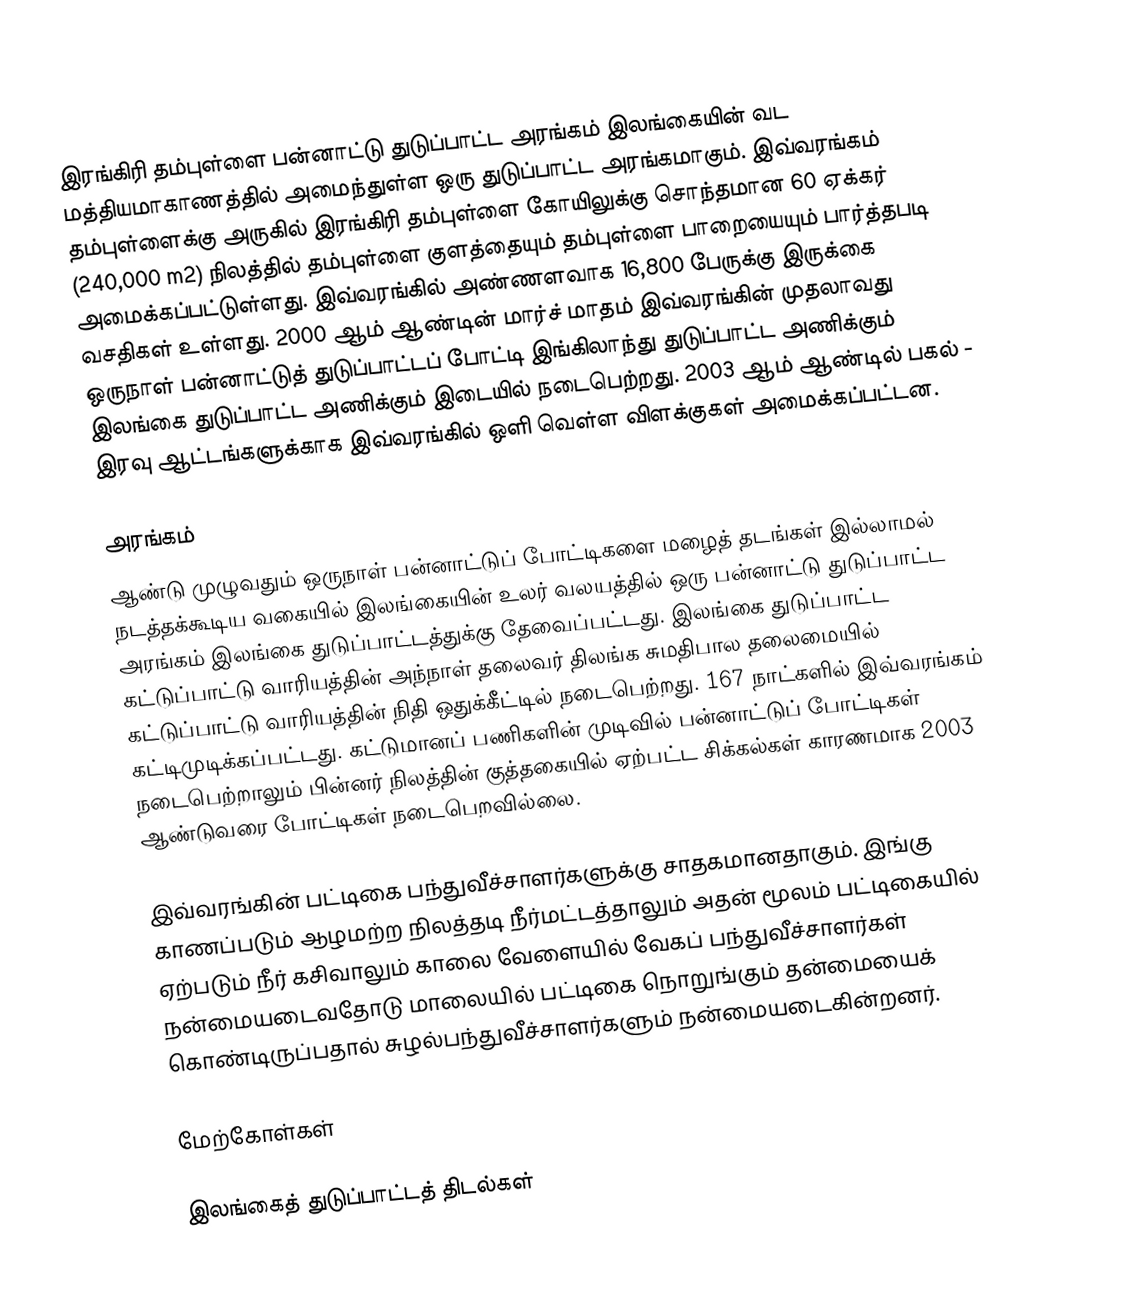
இரங்கிரி தம்புள்ளை பன்னாட்டு துடுப்பாட்ட அரங்கம் இலங்கையின் வட மத்தியமாகாணத்தில் அமைந்துள்ள ஒரு துடுப்பாட்ட அரங்கமாகும். இவ்வரங்கம் தம்புள்ளைக்கு அருகில் இரங்கிரி தம்புள்ளை கோயிலுக்கு சொந்தமான 60 ஏக்கர் (240,000 m2) நிலத்தில் தம்புள்ளை குளத்தையும் தம்புள்ளை பாறையையும் பார்த்தபடி அமைக்கப்பட்டுள்ளது. இவ்வரங்கில் அண்ணளவாக 16,800 பேருக்கு இருக்கை வசதிகள் உள்ளது. 2000 ஆம் ஆண்டின் மார்ச் மாதம் இவ்வரங்கின் முதலாவது ஒருநாள் பன்னாட்டுத் துடுப்பாட்டப் போட்டி இங்கிலாந்து துடுப்பாட்ட அணிக்கும் இலங்கை துடுப்பாட்ட அணிக்கும் இடையில் நடைபெற்றது. 2003 ஆம் ஆண்டில் பகல் - இரவு ஆட்டங்களுக்காக இவ்வரங்கில் ஒளி வெள்ள விளக்குகள் அமைக்கப்பட்டன.

அரங்கம்
ஆண்டு முழுவதும் ஒருநாள் பன்னாட்டுப் போட்டிகளை மழைத் தடங்கள் இல்லாமல் நடத்தக்கூடிய வகையில் இலங்கையின் உலர் வலயத்தில் ஒரு பன்னாட்டு துடுப்பாட்ட அரங்கம் இலங்கை துடுப்பாட்டத்துக்கு தேவைப்பட்டது. இலங்கை துடுப்பாட்ட கட்டுப்பாட்டு வாரியத்தின் அந்நாள் தலைவர் திலங்க சுமதிபால தலைமையில் கட்டுப்பாட்டு வாரியத்தின் நிதி ஒதுக்கீட்டில் நடைபெற்றது. 167 நாட்களில் இவ்வரங்கம் கட்டிமுடிக்கப்பட்டது. கட்டுமானப் பணிகளின் முடிவில் பன்னாட்டுப் போட்டிகள் நடைபெற்றாலும் பின்னர் நிலத்தின் குத்தகையில் ஏற்பட்ட சிக்கல்கள் காரணமாக 2003 ஆண்டுவரை போட்டிகள் நடைபெறவில்லை.

இவ்வரங்கின் பட்டிகை பந்துவீச்சாளர்களுக்கு சாதகமானதாகும். இங்கு காணப்படும் ஆழமற்ற நிலத்தடி நீர்மட்டத்தாலும் அதன் மூலம் பட்டிகையில் ஏற்படும் நீர் கசிவாலும் காலை வேளையில் வேகப் பந்துவீச்சாளர்கள் நன்மையடைவதோடு மாலையில் பட்டிகை நொறுங்கும் தன்மையைக் கொண்டிருப்பதால் சுழல்பந்துவீச்சாளர்களும் நன்மையடைகின்றனர்.

மேற்கோள்கள்

இலங்கைத் துடுப்பாட்டத் திடல்கள்